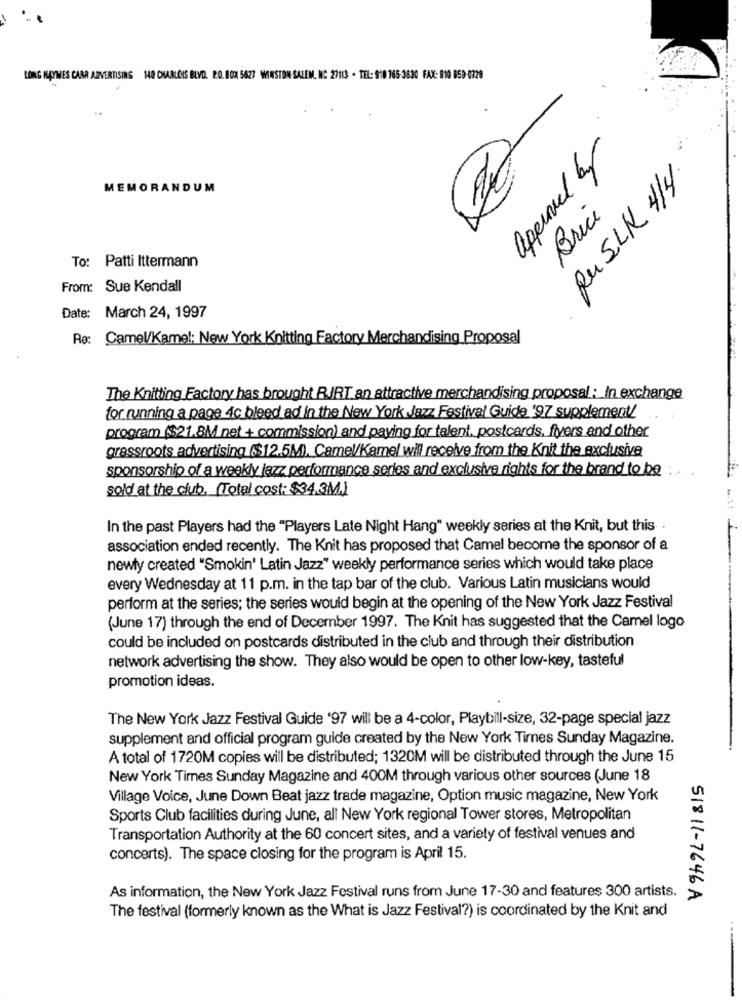
LONG HAYMES CABR ADVERTISING 148 CHARLOIS BLVD. PO. BOX 5627 WINSTON SALEM, NC 27113 - TEL: 910 165-3830 FAX: 810 659-0729
approved by
RuSLK 4/4.
MEMORANDUM
Brice
To: Patti Ittermann
From: Sue Kendall
Date:
March 24, 1997
Rø
Camel/Kamel; New York Knitting Factory Merchandising Proposal
The Knitting Factory has brought RJRT an attractive merchandising proposal: In exchange
for running a page 4c bleed ad in the New York Jazz Festival Guide '97 supplement/
program ($21.8M net + commission) and paying for talent. postcards, flyers and other
grassroots advertising ($12.5M), Camel/Kamel wil receive from the Knit the exclusive
sponsorship of a weekly jazz performance series and exclusive rights for the brand to be
sold at the club. (Total cost: $34.3M.)
In the past Players had the "Players Late Night Hang" weekly series at the Knit, but this .
association ended recently. The Knit has proposed that Camel become the sponsor of a
newly created "Smokin' Latin Jazz" weekly performance series which would take place
every Wednesday at 11 p.m. in the tap bar of the club. Various Latin musicians would
perform at the series; the series would begin at the opening of the New York Jazz Festival
(June 17) through the end of December 1997. The Knit has suggested that the Camel logo
could be included on postcards distributed in the club and through their distribution
network advertising the show. They also would be open to other low-key, tasteful
promotion ideas.
The New York Jazz Festival Guide '97 will be a 4-color, Playbill-size, 32-page special jazz
supplement and official program guide created by the New York Times Sunday Magazine.
A total of 1720M copies will be distributed; 1320M will be distributed through the June 15
New York Times Sunday Magazine and 400M through various other sources (June 18
Village Voice, June Down Beat jazz trade magazine, Option music magazine, New York
Sports Club facilities during June, all New York regional Tower stores, Metropolitan
Transportation Authority at the 60 concert sites, and a variety of festival venues and
concerts). The space closing for the program is April 15.
As information, the New York Jazz Festival runs from June 17-30 and features 300 artists.
51811-7646A
The festival (formerly known as the What is Jazz Festival?) is coordinated by the Knit and